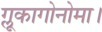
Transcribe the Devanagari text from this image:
ग्लूकागोनोमा।